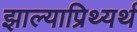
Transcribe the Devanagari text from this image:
झाल्याप्रिथ्यर्थ